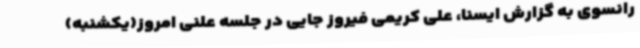
رانسوی به گزارش ایسنا، علی کریمی فیروز جایی در جلسه علنی امروز(یکشنبه)